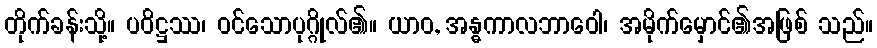
တိုက်ခန်းသို့။ ပဝိဋ္ဌဿ၊ ဝင်သောပုဂ္ဂိုလ်၏။ ယာဝ, အန္ဓကာလဘာဝေါ၊ အမိုက်မှောင်၏အဖြစ် သည်။